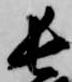
長